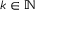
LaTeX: k \in \mathbb { N }